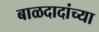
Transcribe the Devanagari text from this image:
बाळदादांच्या